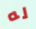
له